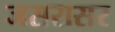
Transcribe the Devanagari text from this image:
जसरासर